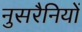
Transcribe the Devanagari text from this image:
नुसरैनियों